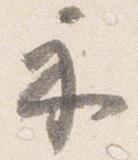
示